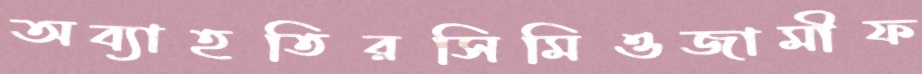
অব্যাহতিরসিমিওজামীফ